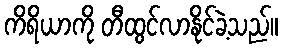
ကိရိယာကို တီထွင်လာနိုင်ခဲ့သည်။